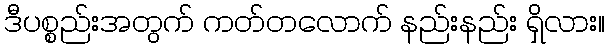
ဒီပစ္စည်းအတွက် ကတ်တလောက် နည်းနည်း ရှိလား။